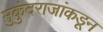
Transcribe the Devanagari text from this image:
मुकुंदराजांकडून